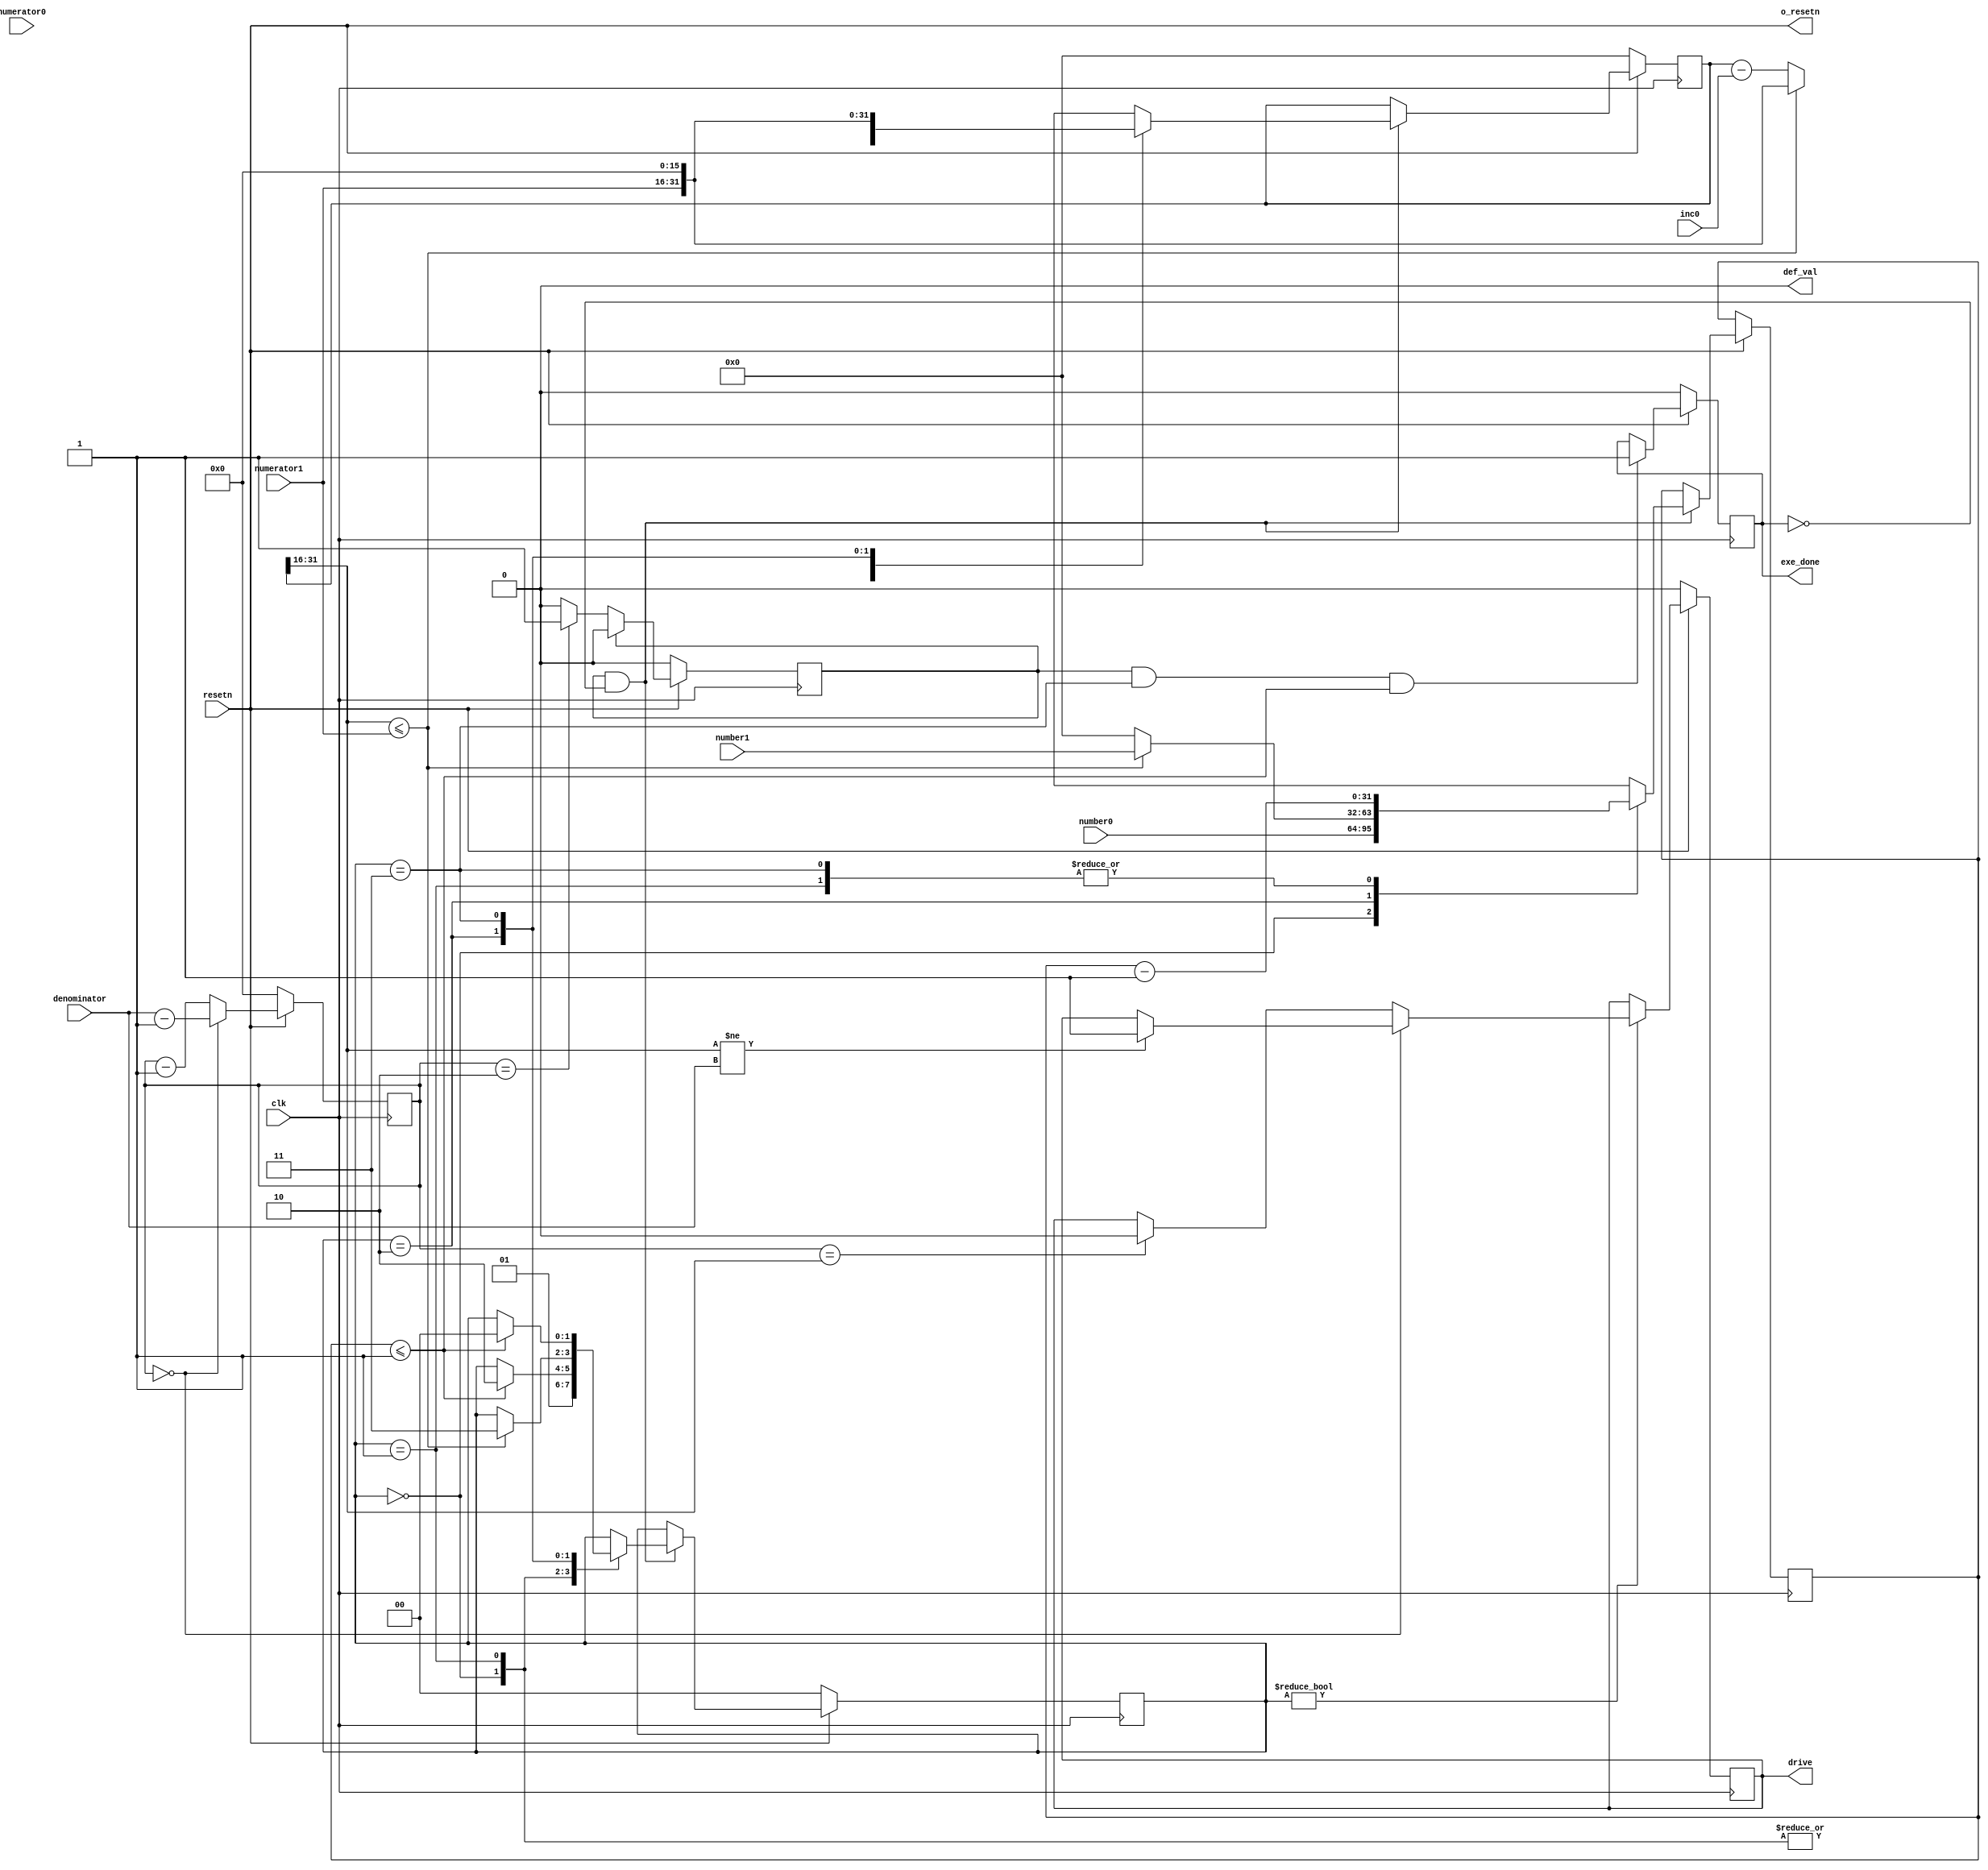
module DISCHARGE_ctl #
(
	parameter integer C_DEFAULT_VALUE = 0,
	parameter integer C_PWM_CNT_WIDTH = 16,
	parameter integer C_FRACTIONAL_WIDTH = 16,
	parameter integer C_NUMBER_WIDTH = 32
) (
	input  wire                       clk,
	input  wire                       resetn,

	output wire                       def_val,

	output wire                       exe_done,

	input  wire [C_PWM_CNT_WIDTH-1:0] denominator,	// >= 3
	input  wire [C_PWM_CNT_WIDTH-1:0] numerator0,
	input  wire [C_PWM_CNT_WIDTH-1:0] numerator1,
	input  wire [C_NUMBER_WIDTH-1:0]  number0,
	input  wire [C_NUMBER_WIDTH-1:0]  number1,
	input  wire [C_PWM_CNT_WIDTH+C_FRACTIONAL_WIDTH-1:0] inc0,

	output wire                       o_resetn,
	output wire                       drive
);

	localparam integer STATE_IDLE = 0;
	localparam integer STATE_PRE  = 1;
	localparam integer STATE_INC  = 2;
	localparam integer STATE_KEEP = 3;
	reg[1:0] pwm_state;

	assign def_val = C_DEFAULT_VALUE;

	assign o_resetn = resetn;

	reg[C_PWM_CNT_WIDTH+C_FRACTIONAL_WIDTH-1:0] numerator_ext;
	reg[C_PWM_CNT_WIDTH-1:0] cnt;
	reg eop;	// end of period
	reg eop_p1;
	always @ (posedge clk) begin
		if (resetn == 0)
			cnt <= 0;
		else begin
			if (cnt == 0)
				cnt <= denominator - 1;
			else
				cnt <= cnt - 1;
		end
	end
	always @ (posedge clk) begin
		if (resetn == 0)
			eop_p1 <= 0;
		else if (eop_p1)
			eop_p1 <= 0;
		else if (cnt == 2)
			eop_p1 <= 1;
	end
	always @ (posedge clk) begin
		if (resetn == 0)
			eop <= 0;
		else
			eop <= eop_p1;
	end

	reg out_drive;
	assign drive = out_drive;
	wire[C_PWM_CNT_WIDTH-1:0] numerator;
	assign numerator = numerator_ext[C_PWM_CNT_WIDTH+C_FRACTIONAL_WIDTH-1:C_FRACTIONAL_WIDTH];
	always @ (posedge clk) begin
		if (resetn == 0)
			out_drive <= C_DEFAULT_VALUE;
		else if (pwm_state != STATE_IDLE) begin
			if (cnt == 0) begin
				if (numerator != denominator)
					out_drive <= ~C_DEFAULT_VALUE;
			end
			else if (cnt == numerator)
				out_drive <= C_DEFAULT_VALUE;
		end
	end

	reg[C_NUMBER_WIDTH-1:0] peroid_cnt;
	always @ (posedge clk) begin
		if (resetn == 0)
			pwm_state <= STATE_IDLE;
		else if (eop_p1 && ~exe_done) begin
			case (pwm_state)
				STATE_IDLE:
					pwm_state <= STATE_PRE;
				STATE_PRE: begin
					if (peroid_cnt <= 1) begin
						pwm_state <= STATE_INC;
					end
				end
				STATE_INC: begin
					if (numerator <= numerator1) begin
						pwm_state <= STATE_KEEP;
					end
				end
				STATE_KEEP: begin
					if (peroid_cnt <= 1) begin
						pwm_state <= STATE_IDLE;
					end
				end
			endcase
		end
	end

	always @ (posedge clk) begin
		if (resetn == 0)
			numerator_ext <= 0;
		else if (eop_p1 && ~exe_done) begin
			case (pwm_state)
				STATE_IDLE: begin
					numerator_ext <= {numerator0, {(C_FRACTIONAL_WIDTH){1'b0}}};
					peroid_cnt   <= number0;
				end
				STATE_PRE: begin
					numerator_ext <= {numerator0, {(C_FRACTIONAL_WIDTH){1'b0}}};
					peroid_cnt <= peroid_cnt - 1;
				end
				STATE_INC: begin
					if (numerator <= numerator1) begin
						numerator_ext <= {numerator1, {(C_FRACTIONAL_WIDTH){1'b0}}};
						peroid_cnt <= number1;
					end
					else begin
						numerator_ext <= numerator_ext - inc0;
						peroid_cnt <= 0;
					end
				end
				STATE_KEEP: begin
					numerator_ext <= {numerator1, {(C_FRACTIONAL_WIDTH){1'b0}}};
					peroid_cnt <= peroid_cnt - 1;
				end
			endcase
		end
	end

	reg end_of_transaction;
	assign exe_done = end_of_transaction;
	always @ (posedge clk) begin
		if (resetn == 0)
			end_of_transaction <= 0;
		else if (eop_p1 && pwm_state == STATE_KEEP && peroid_cnt <= 1)
			end_of_transaction <= 1;
	end
endmodule